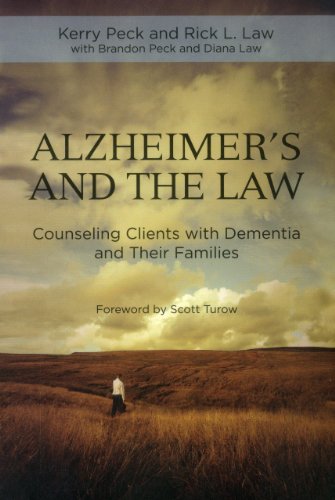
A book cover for Alzheimer's and the Law: Counseling Clients with Dementia and Their Families; Rick L. Law; Law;